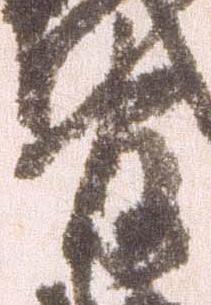
官